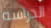
الدراسه